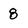
Character: 8